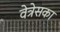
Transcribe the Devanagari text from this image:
वेत्रेसका